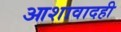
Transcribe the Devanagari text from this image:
आशावादही